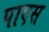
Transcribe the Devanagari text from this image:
पाएस